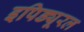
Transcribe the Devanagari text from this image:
इपिड्यूरल